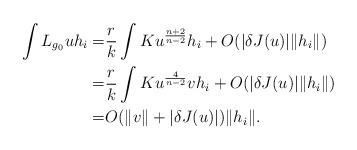
LaTeX: \begin{align*}\int L_{g_{0}}uh_{i} = &\frac{r}{k}\int Ku^{\frac{n+2}{n-2}}h_{i}+O(\vert \delta J(u)\vert \Vert h_{i}\Vert)\\= &\frac{r}{k}\int Ku^{\frac{4}{n-2}}vh_{i}+O(\vert \delta J(u)\vert \Vert h_{i}\Vert) \\= &O(\Vert v \Vert+\vert \delta J(u)\vert)\Vert h_{i}\Vert.\end{align*}